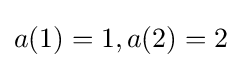
a(1)=1,a(2)=2